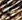
ربما